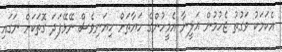
އެކަމަކު ވަގުތު ޖެހުމުން އަލީނާ އެމީހުންގެ ހަޔާތަށް ހިޔަނިވެސް ނޭޅޭފަދަ ގޮތަކަށް ނަގައި